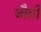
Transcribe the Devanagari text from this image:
जौसी